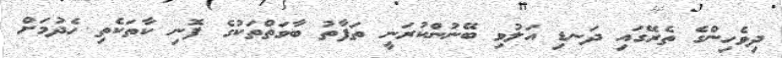
ދިވެހިންގެ ތެރޭގައި ދަނޑި އަލުވި ބޭނުންކުރަނީ ތަފާތު ބާވަތްތަކުގެ ފޮނި ކާތަކެތި ހެދުމަށް